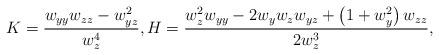
LaTeX: \begin{align*}K=\frac{w_{yy}w_{zz}-w_{yz}^{2}}{w_{z}^{4}},H=\frac{w_{z}^{2}w_{yy}-2w_{y}w_{z}w_{yz}+\left( 1+w_{y}^{2}\right) w_{zz}}{2w_{z}^{3}}, \end{align*}